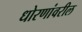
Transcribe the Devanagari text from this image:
धोरणांवरील